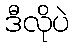
ဒီလိုပဲ